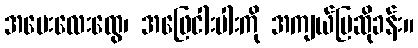
အမေးလေးထွေ၊ အဖြေငါးပါးကို အကျယ်ပြဆိုခန်း။